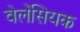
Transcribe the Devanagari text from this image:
वेलेंसियक